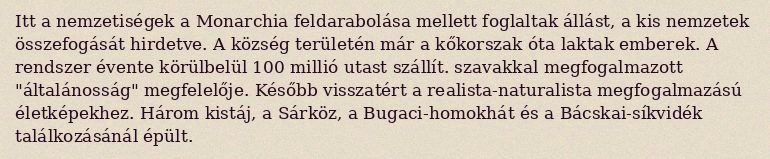
Itt a nemzetiségek a Monarchia feldarabolása mellett foglaltak állást, a kis nemzetek összefogását hirdetve. A község területén már a kőkorszak óta laktak emberek. A rendszer évente körülbelül 100 millió utast szállít. szavakkal megfogalmazott "általánosság" megfelelője. Később visszatért a realista-naturalista megfogalmazású életképekhez. Három kistáj, a Sárköz, a Bugaci-homokhát és a Bácskai-síkvidék találkozásánál épült.